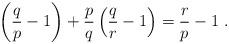
LaTeX: \begin{align*} \left(\frac q p -1\right) + \frac p q \left( \frac qr - 1\right ) = \frac r p - 1 \ . \end{align*}